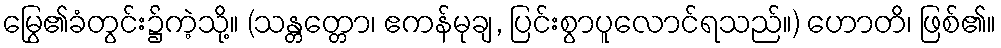
မြွေ၏ခံတွင်း၌ကဲ့သို့။ (သန္တတ္တော၊ ဧကန်မုချ, ပြင်းစွာပူလောင်ရသည်။) ဟောတိ၊ ဖြစ်၏။